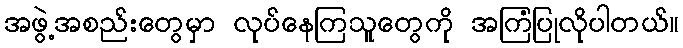
အဖွဲ့အစည်းတွေမှာ လုပ်နေကြသူတွေကို အကြံပြုလိုပါတယ်။